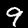
Digit: 9